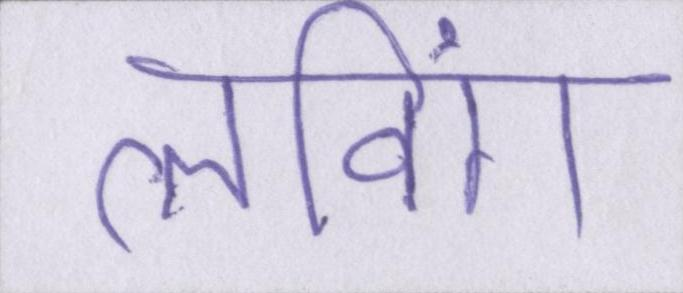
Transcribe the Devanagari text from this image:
लविंग